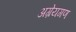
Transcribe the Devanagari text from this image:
अग्रेयगण